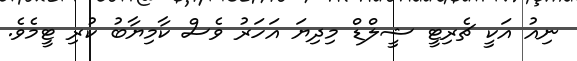
ނިއު އަކީ ޗެރިޓީ ޝީލްޑް މިދިޔަ އަހަރު ވެސް ކާމިޔާބު ކުރި ޓީމެވެ.